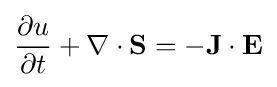
{\frac {\partial u}{\partial t}}+\nabla \cdot \mathbf {S} =-\mathbf {J} \cdot \mathbf {E}